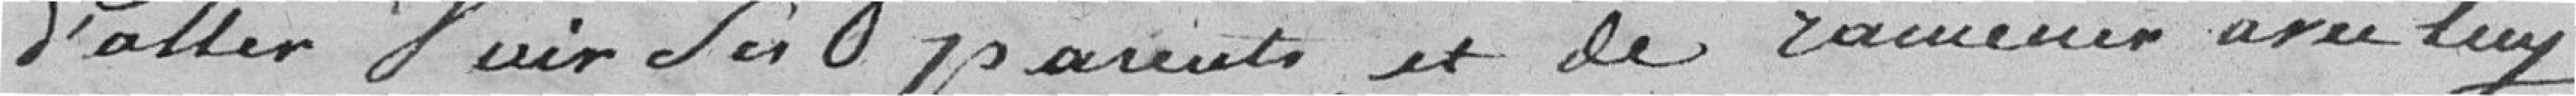
d'aller voir ses parents, et de ramener avec luy